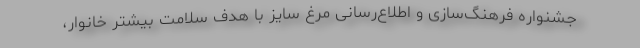
جشنواره فرهنگ‌سازی و اطلاع‌رسانی مرغ سایز با هدف سلامت بیشتر خانوار،